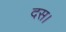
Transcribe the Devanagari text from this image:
दस।